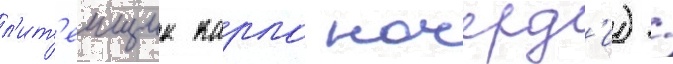
л'ит'еищик карло ночерд'и) /